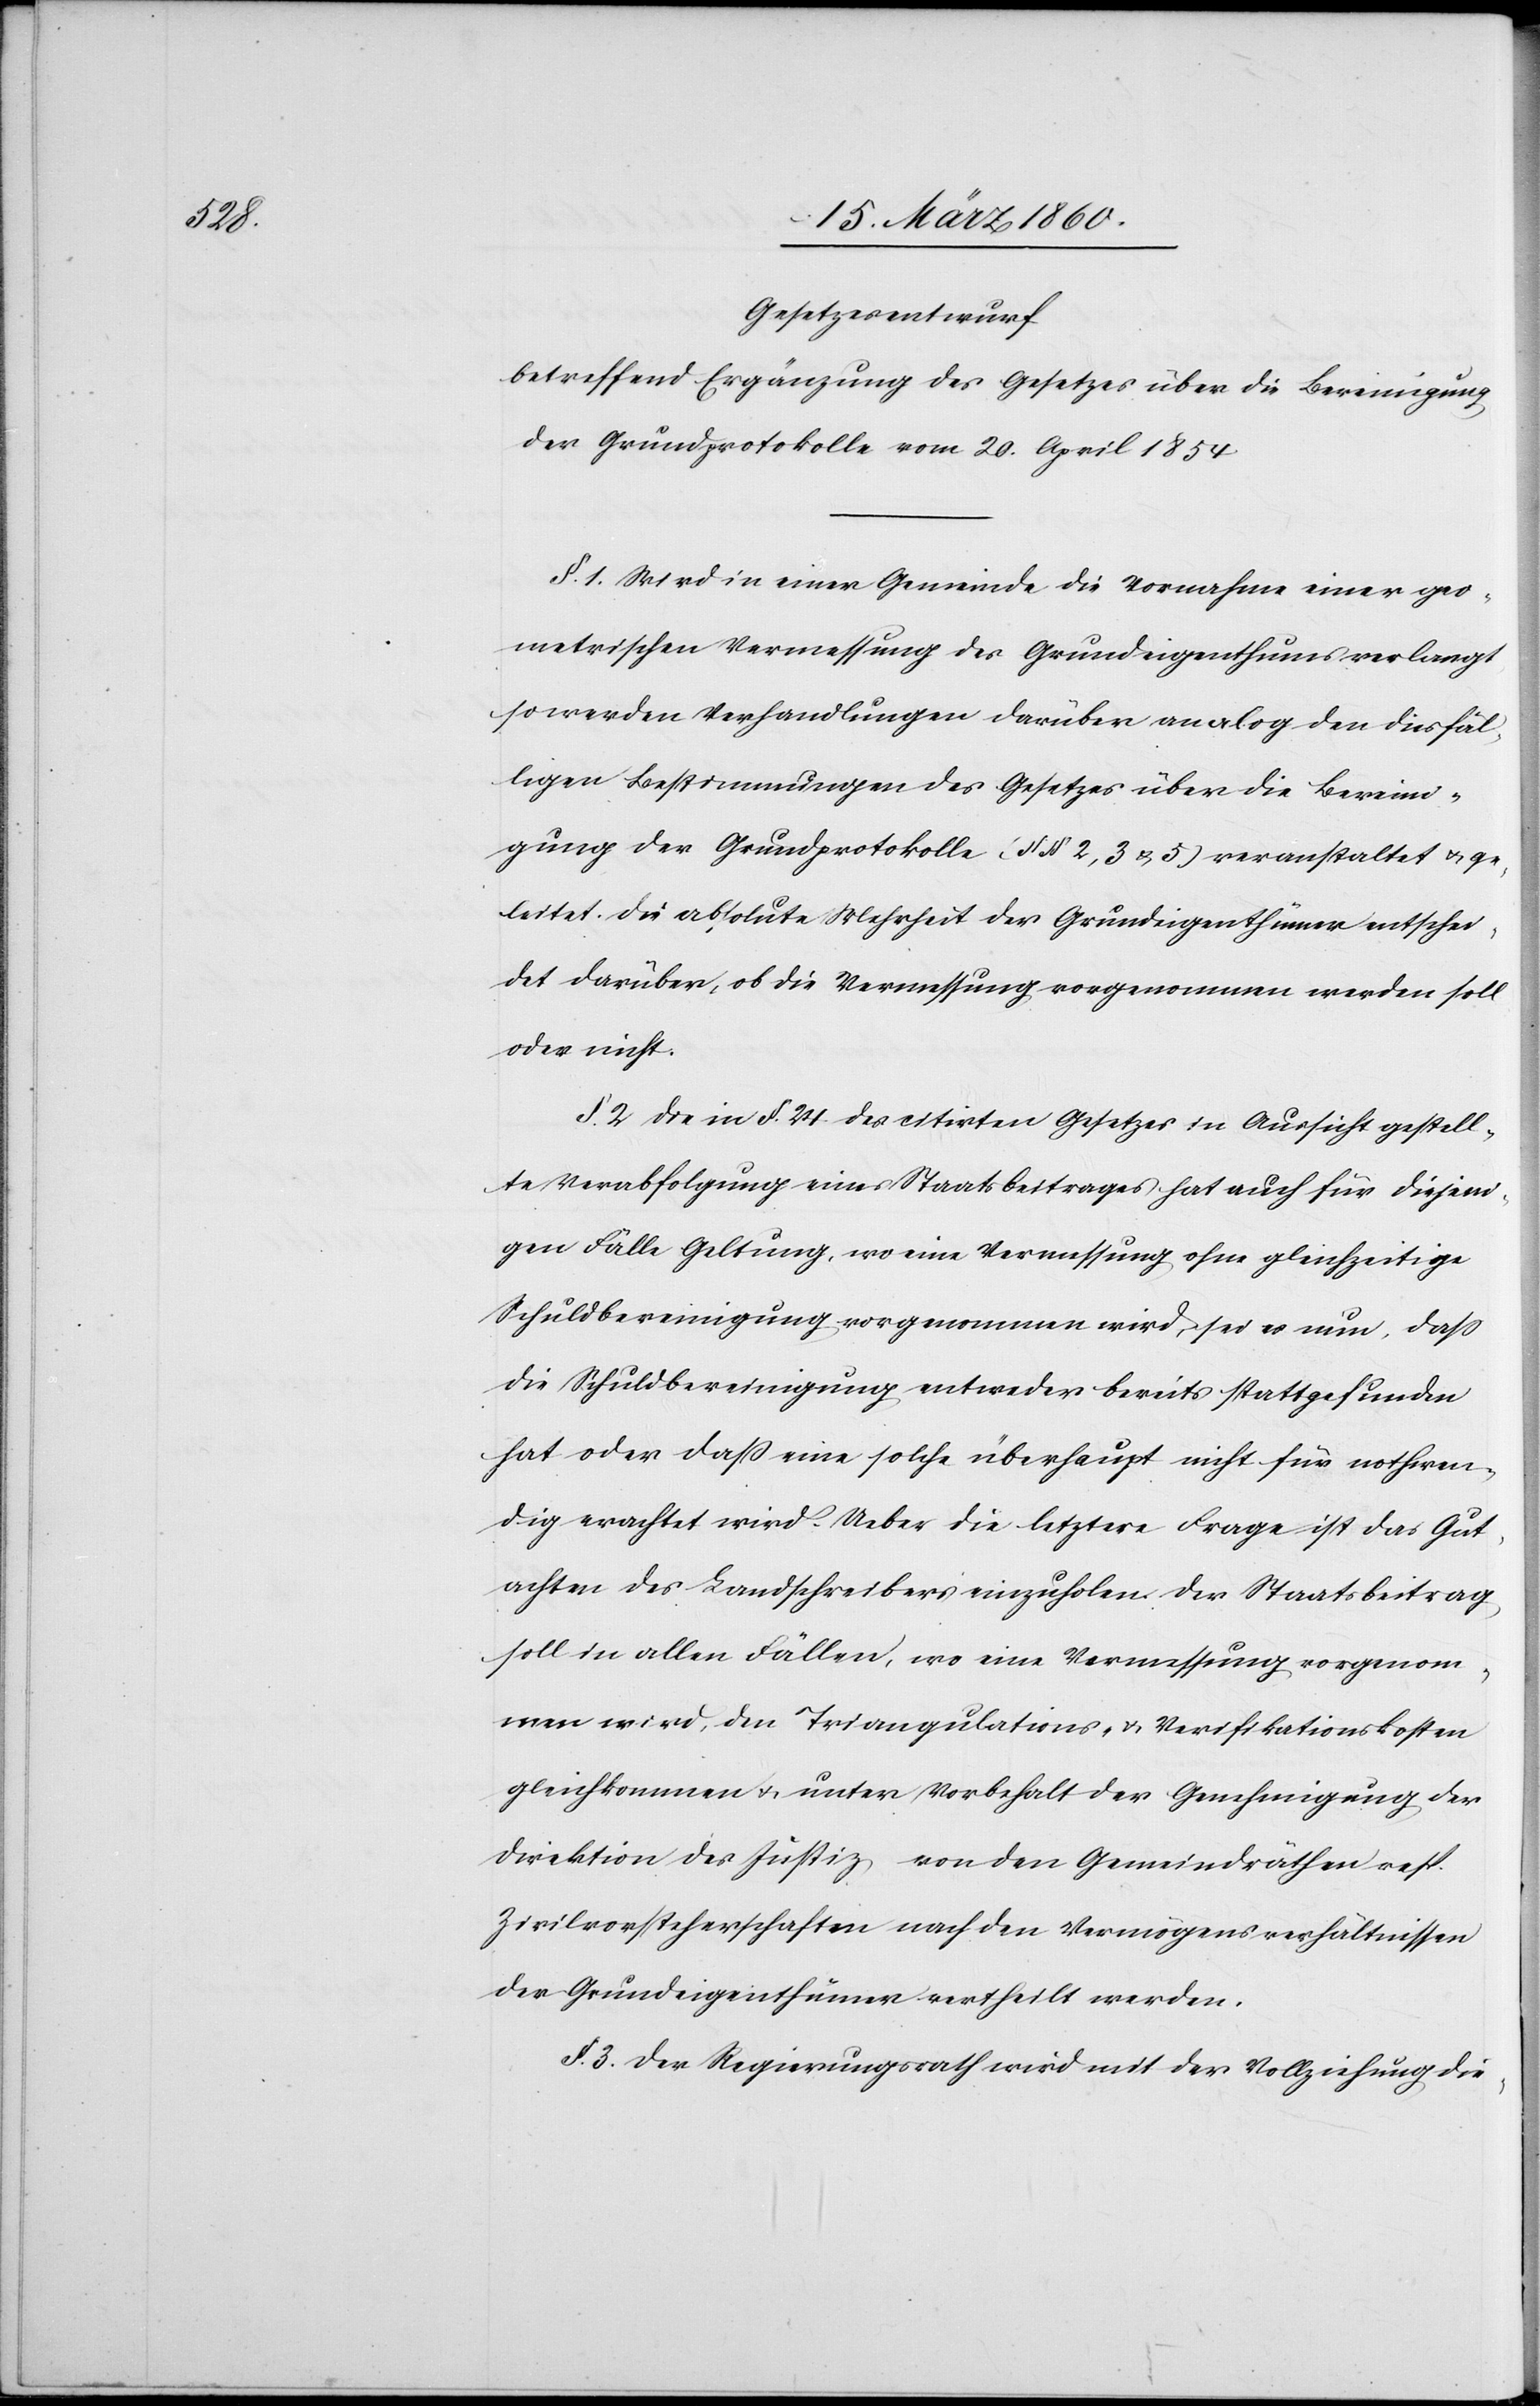
Gesetzesentwurf
betreffend Ergänzung des Gesetzes über die Bereinigung
der Grundprotokolle vom 20. April 1854.
§. 1. Wird in einer Gemeinde die Vornahme einer geo¬
metrischen Vermessung des Grundeigenthums verlangt,
so werden Verhandlungen darüber analog den diesfäl¬
ligen Bestimmungen des Gesetzes über die Bereini¬
gung der Grundprotokolle [§§. 2, 3 u. 5] veranstaltet u. ge¬
leitet. Die absolute Mehrheit der Grundeigenthümer entschei¬
det darüber, ob die Vermessung vorgenommen werden soll
oder nicht.
§. 2. Die in §§. 24. citirten Gesetzes in Aussicht gestell¬
te Verabfolgung eines Staatsbeitrages hat auch für diejeni¬
gen Fälle Geltung, wo eine Vermessung ohne gleichzeitige
Schuldbereinigung vorgenommen wird, sei es nun, dass
die Schuldbereinigung entweder bereits stattgefunden
hat oder dass eine solche überhaupt nicht für nothwen¬
dig erachtet wird. Ueber die letztere Frage ist das Gut¬
achten des Landschreibers einzuholen. Der Staatsbeitrag
soll in allen Fällen, wo eine Vermessung vorgenom¬
men wird, den Triangulations- u. Verifikationskosten
gleichkommen u. unter Vorbehalt der Genehmigung der
Direktion der Justiz, von den Gemeindräthen resp.
Zivilvorsteherschaften nach den Vermögensverhältnissen
der Grundeigenthümer ertheilt werden.
§. 3. Der Regierungsrath wird mit der Vollziehung die-